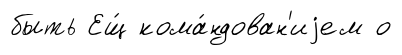
быть Ещ́ кома́ндован'иjем о